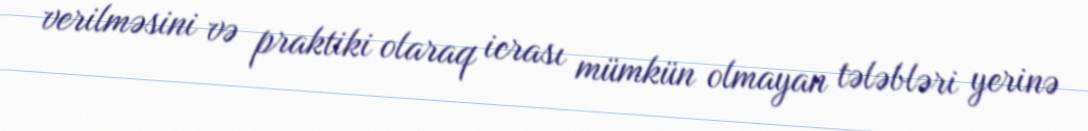
verilməsini və praktiki olaraq icrası mümkün olmayan tələbləri yerinə